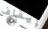
إيقاف